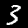
Label: 3